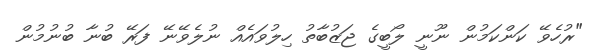
"ރުހެވޭ ކަންކަމުން ނޫނީ ލޯބީގެ ޖަޒުބާތު ހިލުވައެއް ނުލެވޭނޭ ފަރޭ ބުނާ ބުނުމުން